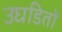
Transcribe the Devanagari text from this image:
उघडितों